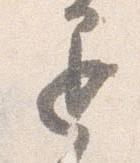
退